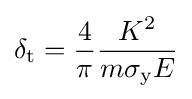
\delta _{\text{t}}={\frac {4}{\pi }}{\frac {K^{2}}{m\sigma _{\text{y}}E}}